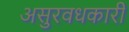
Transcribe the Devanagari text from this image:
असुरवधकारी